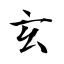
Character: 玄